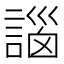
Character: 𧩣